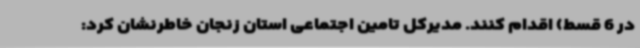
در 6 قسط) اقدام کنند. مدیرکل تامین اجتماعی استان زنجان خاطرنشان کرد: